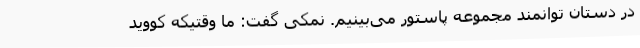
در دستان توانمند مجموعه پاستور می‌بینیم. نمکی گفت: ما وقتیکه کووید